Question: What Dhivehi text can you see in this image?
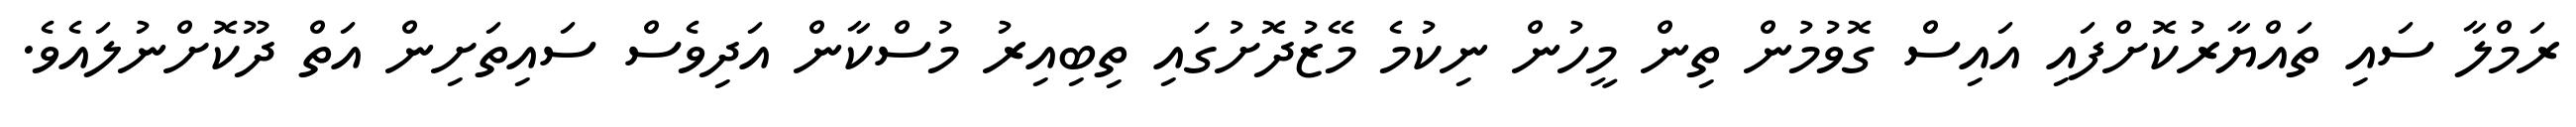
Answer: ރަމްލާ ސައި ތައްޔާރުކޮށްފައި އައިސް ގޮވުމުން ތިން މީހުން ނިކުމެ މޭޒުދޮށުގައި ތިބިއިރު މުސްކާން އަދިވެސް ސައިތަށިން އަތް ދޫކޮށްނުލައެވެ.